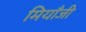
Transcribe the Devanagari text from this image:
मियाँजी